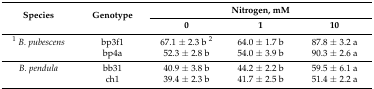
<table><thead><tr><td rowspan="2"><b>Species</b></td><td rowspan="2"><b>Genotype</b></td><td colspan="3"><b>Nitrogen, mM</b></td></tr><tr><td><b>0</b></td><td><b>1</b></td><td><b>10</b></td></tr></thead><tbody><tr><td><sup>1</sup><i>B. pubescens</i></td><td>bp3f1</td><td>67.1 ± 2.3 b <sup>2</sup></td><td>64.0 ± 1.7 b</td><td>87.8 ± 3.2 a</td></tr><tr><td></td><td>bp4a</td><td>52.3 ± 2.8 b</td><td>54.0 ± 3.9 b</td><td>90.3 ± 2.6 a</td></tr><tr><td><i>B. pendula</i></td><td>bb31</td><td>40.9 ± 3.8 b</td><td>44.2 ± 2.2 b</td><td>59.5 ± 6.1 a</td></tr><tr><td></td><td>ch1</td><td>39.4 ± 2.3 b</td><td>41.7 ± 2.5 b</td><td>51.4 ± 2.2 a</td></tr></tbody></table>